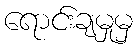
ရောင်းချမှုမှ